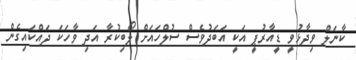
ކާނަލް ވިދާޅުވީ ޑީއާރުޕީ އަކީ އަބަދުވެސް ސުލްހައަށް ލޯބިކުރާ އަދި ވާހަކަ ދައްކައިގެން